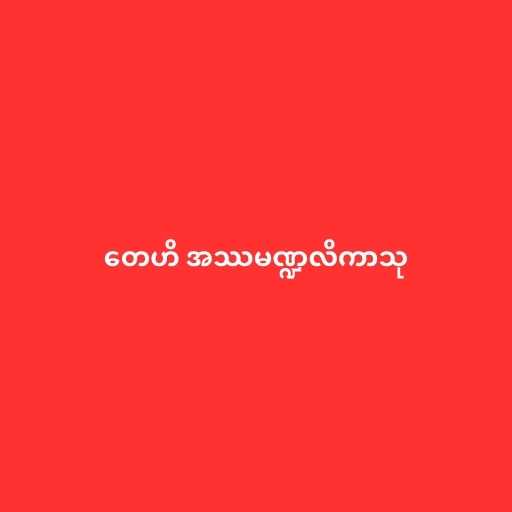
တေဟိ အဿမဏ္ဍလိကာသု